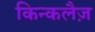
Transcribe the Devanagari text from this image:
किन्कलैज़